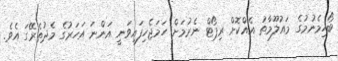
ބޯހިމެނުމުގެ މައުލޫމާތު އެއްކޮށް ރިޕޯޓް ނެރުމަށް ހަމަޖެހިފައިވަނީ އަންނަ އަހަރުގެ މެދުތެރޭގަ އެވެ.